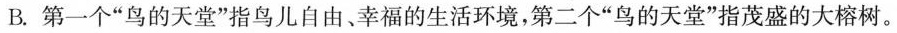
B.第一个”鸟的天堂”指鸟儿自由、幸福的生活环境，第二个”鸟的天堂”指茂盛的大榕树。